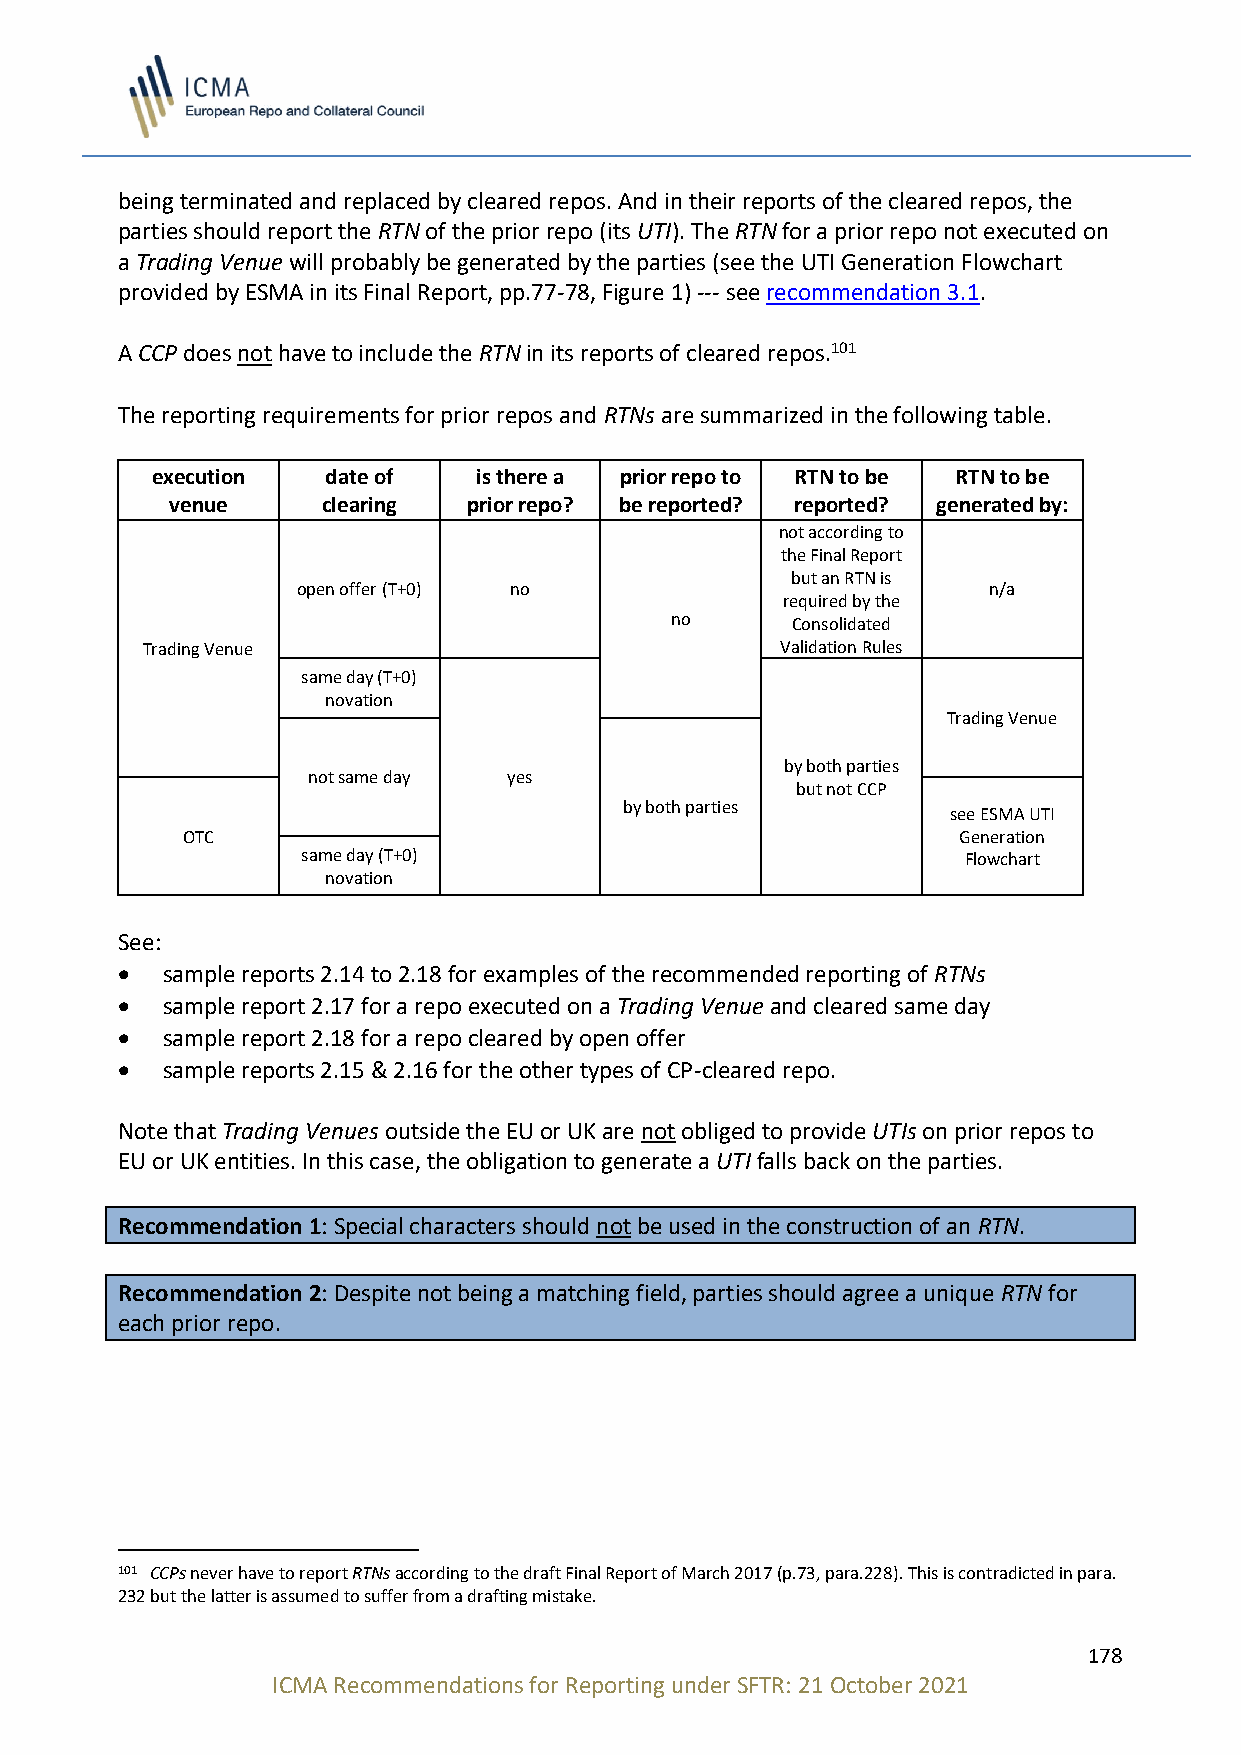
being terminated and replaced by cleared repos. And in their reports of the cleared repos, the
 parties should report the RTN of the prior repo (its UTI). The RTN for a prior repo not executed on
 a Trading Venue will probably be generated by the parties (see the UTI Generation Flowchart
 provided by ESMA in its Final Report, pp.77-78, Figure 1) --- see recommendation 3.1.
 A CCP does not have to include the RTN in its reports of cleared repos.101
 The reporting requirements for prior repos and RTNs are summarized in the following table.
 execution   date of  is there a prior repo to RTN to be RTN to be
 venue     clearing  prior repo? be reported? reported? generated by:
 not according to
 the Final Report
 but an RTN is
 open offer (T+0) no                          n/a
 required by the
 no      Consolidated
 Trading Venue                              Validation Rules
 same day (T+0)
 novation
 Trading Venue
 by both parties
 not same day  yes
 but not CCP
 by both parties
 see ESMA UTI
 OTC                                                Generation
 same day (T+0)                              Flowchart
 novation
 See:
 •  sample reports 2.14 to 2.18 for examples of the recommended reporting of RTNs
 •  sample report 2.17 for a repo executed on a Trading Venue and cleared same day
 •  sample report 2.18 for a repo cleared by open offer
 •  sample reports 2.15 & 2.16 for the other types of CP-cleared repo.
 Note that Trading Venues outside the EU or UK are not obliged to provide UTIs on prior repos to
 EU or UK entities. In this case, the obligation to generate a UTI falls back on the parties.
 Recommendation 1: Special characters should not be used in the construction of an RTN.
 Recommendation 2: Despite not being a matching field, parties should agree a unique RTN for
 each prior repo.
 101 CCPs never have to report RTNs according to the draft Final Report of March 2017 (p.73, para.228). This is contradicted in para.
 232 but the latter is assumed to suffer from a drafting mistake.
 178
 ICMA Recommendations for Reporting under SFTR: 21 October 2021